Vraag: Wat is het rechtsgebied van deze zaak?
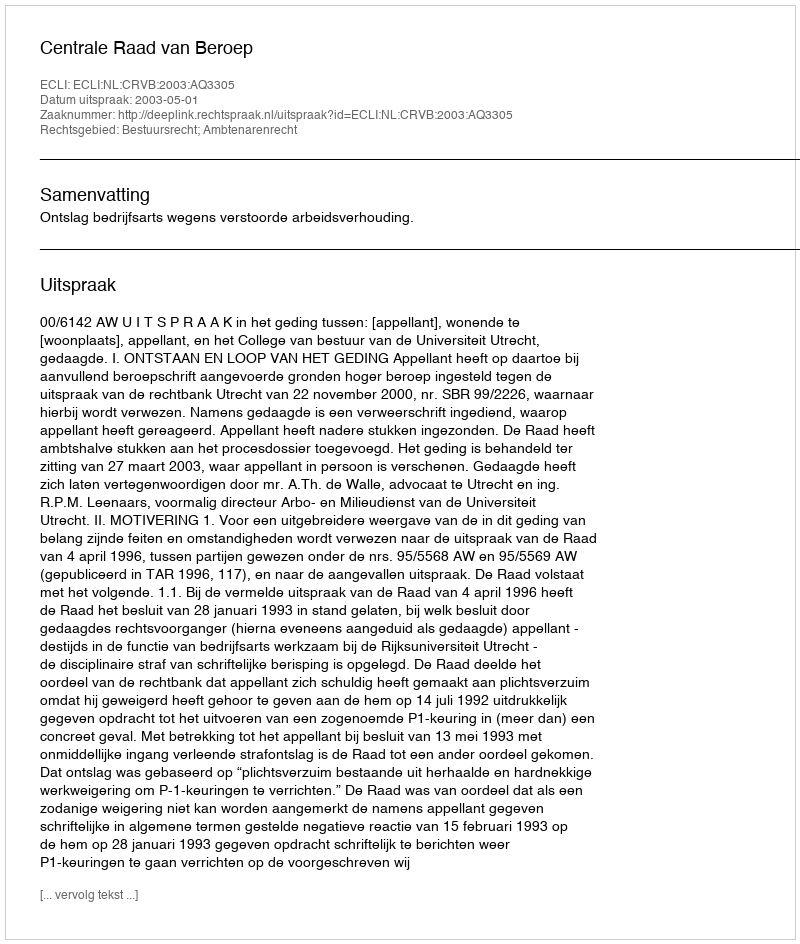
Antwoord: Bestuursrecht; Ambtenarenrecht